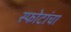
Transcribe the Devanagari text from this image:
स्फोटांचा